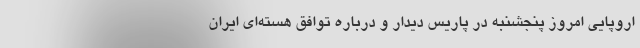
اروپایی امروز پنجشنبه در پاریس دیدار و درباره توافق هسته‌ای ایران